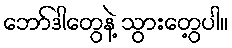
ဘော်ဒါတွေနဲ့ သွားတွေ့ပါ။